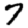
Digit: 7